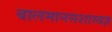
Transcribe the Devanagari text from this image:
बालमानसशास्त्रज्ञ